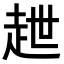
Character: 𧺿